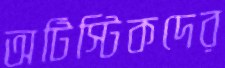
অটিস্টিকদের